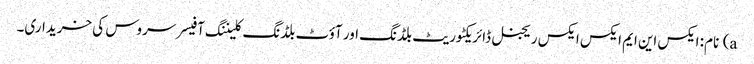
a) نام: ایکس این ایم ایکس ایکس ریجنل ڈائریکٹوریٹ بلڈنگ اور آؤٹ بلڈنگ کلیننگ آفیسر سروس کی خریداری۔